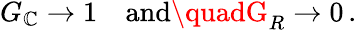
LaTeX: G_{\mathbb{C}}\to1\quad{\mathrm{{and}}}\quadG_{R}\to0\, .